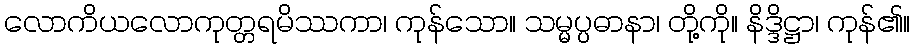
လောကိယလောကုတ္တရမိဿကာ၊ ကုန်သော။ သမ္မပ္ပဓာနာ၊ တို့ကို။ နိဒ္ဒိဋ္ဌာ၊ ကုန်၏။